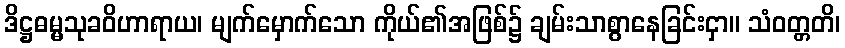
ဒိဋ္ဌဓမ္မသုခဝိဟာရာယ၊ မျက်မှောက်သော ကိုယ်၏အဖြစ်၌ ချမ်းသာစွာနေခြင်းငှာ။ သံဝတ္တတိ၊